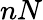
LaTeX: nN